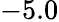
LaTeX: -5.0